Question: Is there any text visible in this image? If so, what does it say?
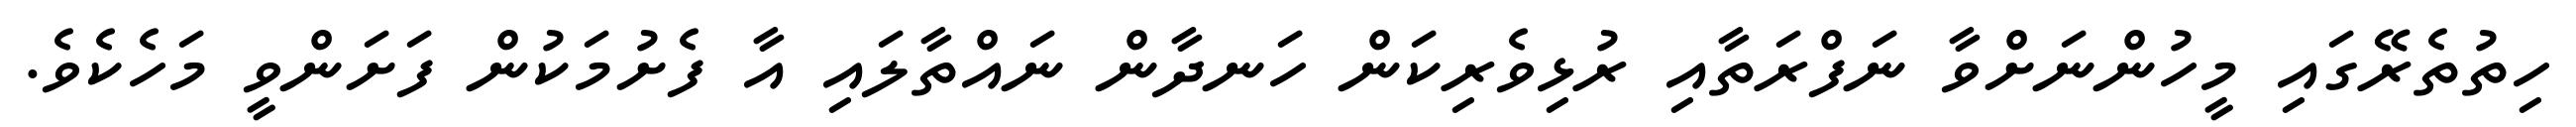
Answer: ހިތުތެރޭގައި މީހުންނަށްވާ ނަފްރަތާއި ރުޅިވެރިކަން ހަނދާން ނައްތާލައި އާ ފެށުމަކުން ފަށަންވީ މަހެކެވެ.